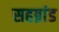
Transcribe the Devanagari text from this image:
सहब्रांड